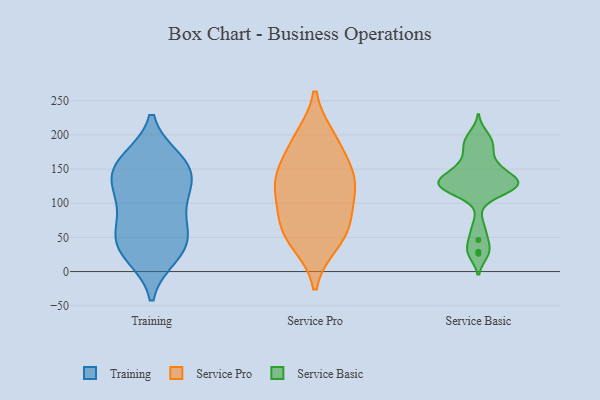
{"axis": {"x": "Customer Acquisition Cost (USD)", "y": "Value"}, "legend": ["Service Basic", "Service Pro", "Training"], "data": [{"x": "", "y": 56, "type": "Training"}, {"x": "", "y": 24, "type": "Training"}, {"x": "", "y": 48, "type": "Training"}, {"x": "", "y": 149, "type": "Training"}, {"x": "", "y": 101, "type": "Training"}, {"x": "", "y": 41, "type": "Training"}, {"x": "", "y": 149, "type": "Training"}, {"x": "", "y": 130, "type": "Training"}, {"x": "", "y": 163, "type": "Training"}, {"x": "", "y": 30, "type": "Training"}, {"x": "", "y": 121, "type": "Training"}, {"x": "", "y": 161, "type": "Training"}, {"x": "", "y": 85, "type": "Training"}, {"x": "", "y": 134, "type": "Service Pro"}, {"x": "", "y": 195, "type": "Service Pro"}, {"x": "", "y": 53, "type": "Service Pro"}, {"x": "", "y": 136, "type": "Service Pro"}, {"x": "", "y": 187, "type": "Service Pro"}, {"x": "", "y": 141, "type": "Service Pro"}, {"x": "", "y": 117, "type": "Service Pro"}, {"x": "", "y": 42, "type": "Service Pro"}, {"x": "", "y": 82, "type": "Service Pro"}, {"x": "", "y": 72, "type": "Service Pro"}, {"x": "", "y": 131, "type": "Service Basic"}, {"x": "", "y": 113, "type": "Service Basic"}, {"x": "", "y": 200, "type": "Service Basic"}, {"x": "", "y": 29, "type": "Service Basic"}, {"x": "", "y": 132, "type": "Service Basic"}, {"x": "", "y": 46, "type": "Service Basic"}, {"x": "", "y": 127, "type": "Service Basic"}, {"x": "", "y": 130, "type": "Service Basic"}, {"x": "", "y": 148, "type": "Service Basic"}, {"x": "", "y": 186, "type": "Service Basic"}, {"x": "", "y": 133, "type": "Service Basic"}, {"x": "", "y": 188, "type": "Service Basic"}, {"x": "", "y": 66, "type": "Service Basic"}, {"x": "", "y": 26, "type": "Service Basic"}, {"x": "", "y": 170, "type": "Service Basic"}, {"x": "", "y": 122, "type": "Service Basic"}, {"x": "", "y": 123, "type": "Service Basic"}, {"x": "", "y": 123, "type": "Service Basic"}, {"x": "", "y": 147, "type": "Service Basic"}, {"x": "", "y": 157, "type": "Service Basic"}]}